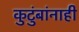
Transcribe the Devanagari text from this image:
कुटुंबांनाही